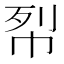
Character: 㡂